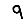
Digit: 9